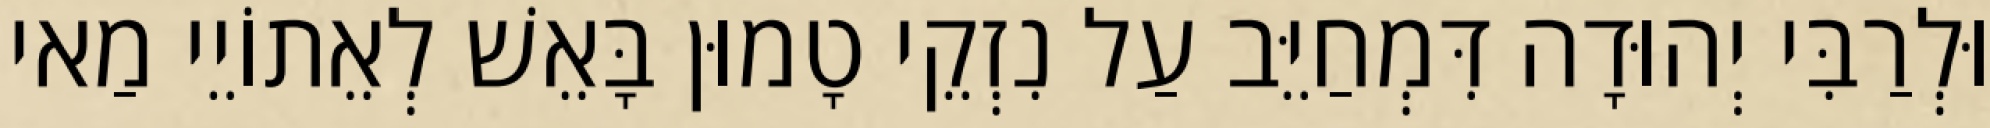
וּלְרַבִּי יְהוּדָה דִּמְחַיֵּב עַל נִזְקֵי טָמוּן בָּאֵשׁ לְאֵתוֹיֵי מַאי